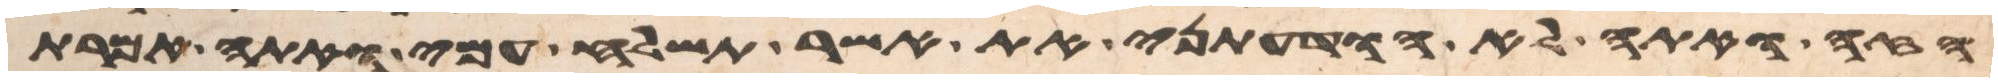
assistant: הזה ואתה לא הודעתני את אשר תשלח עמי ואתה אמרת